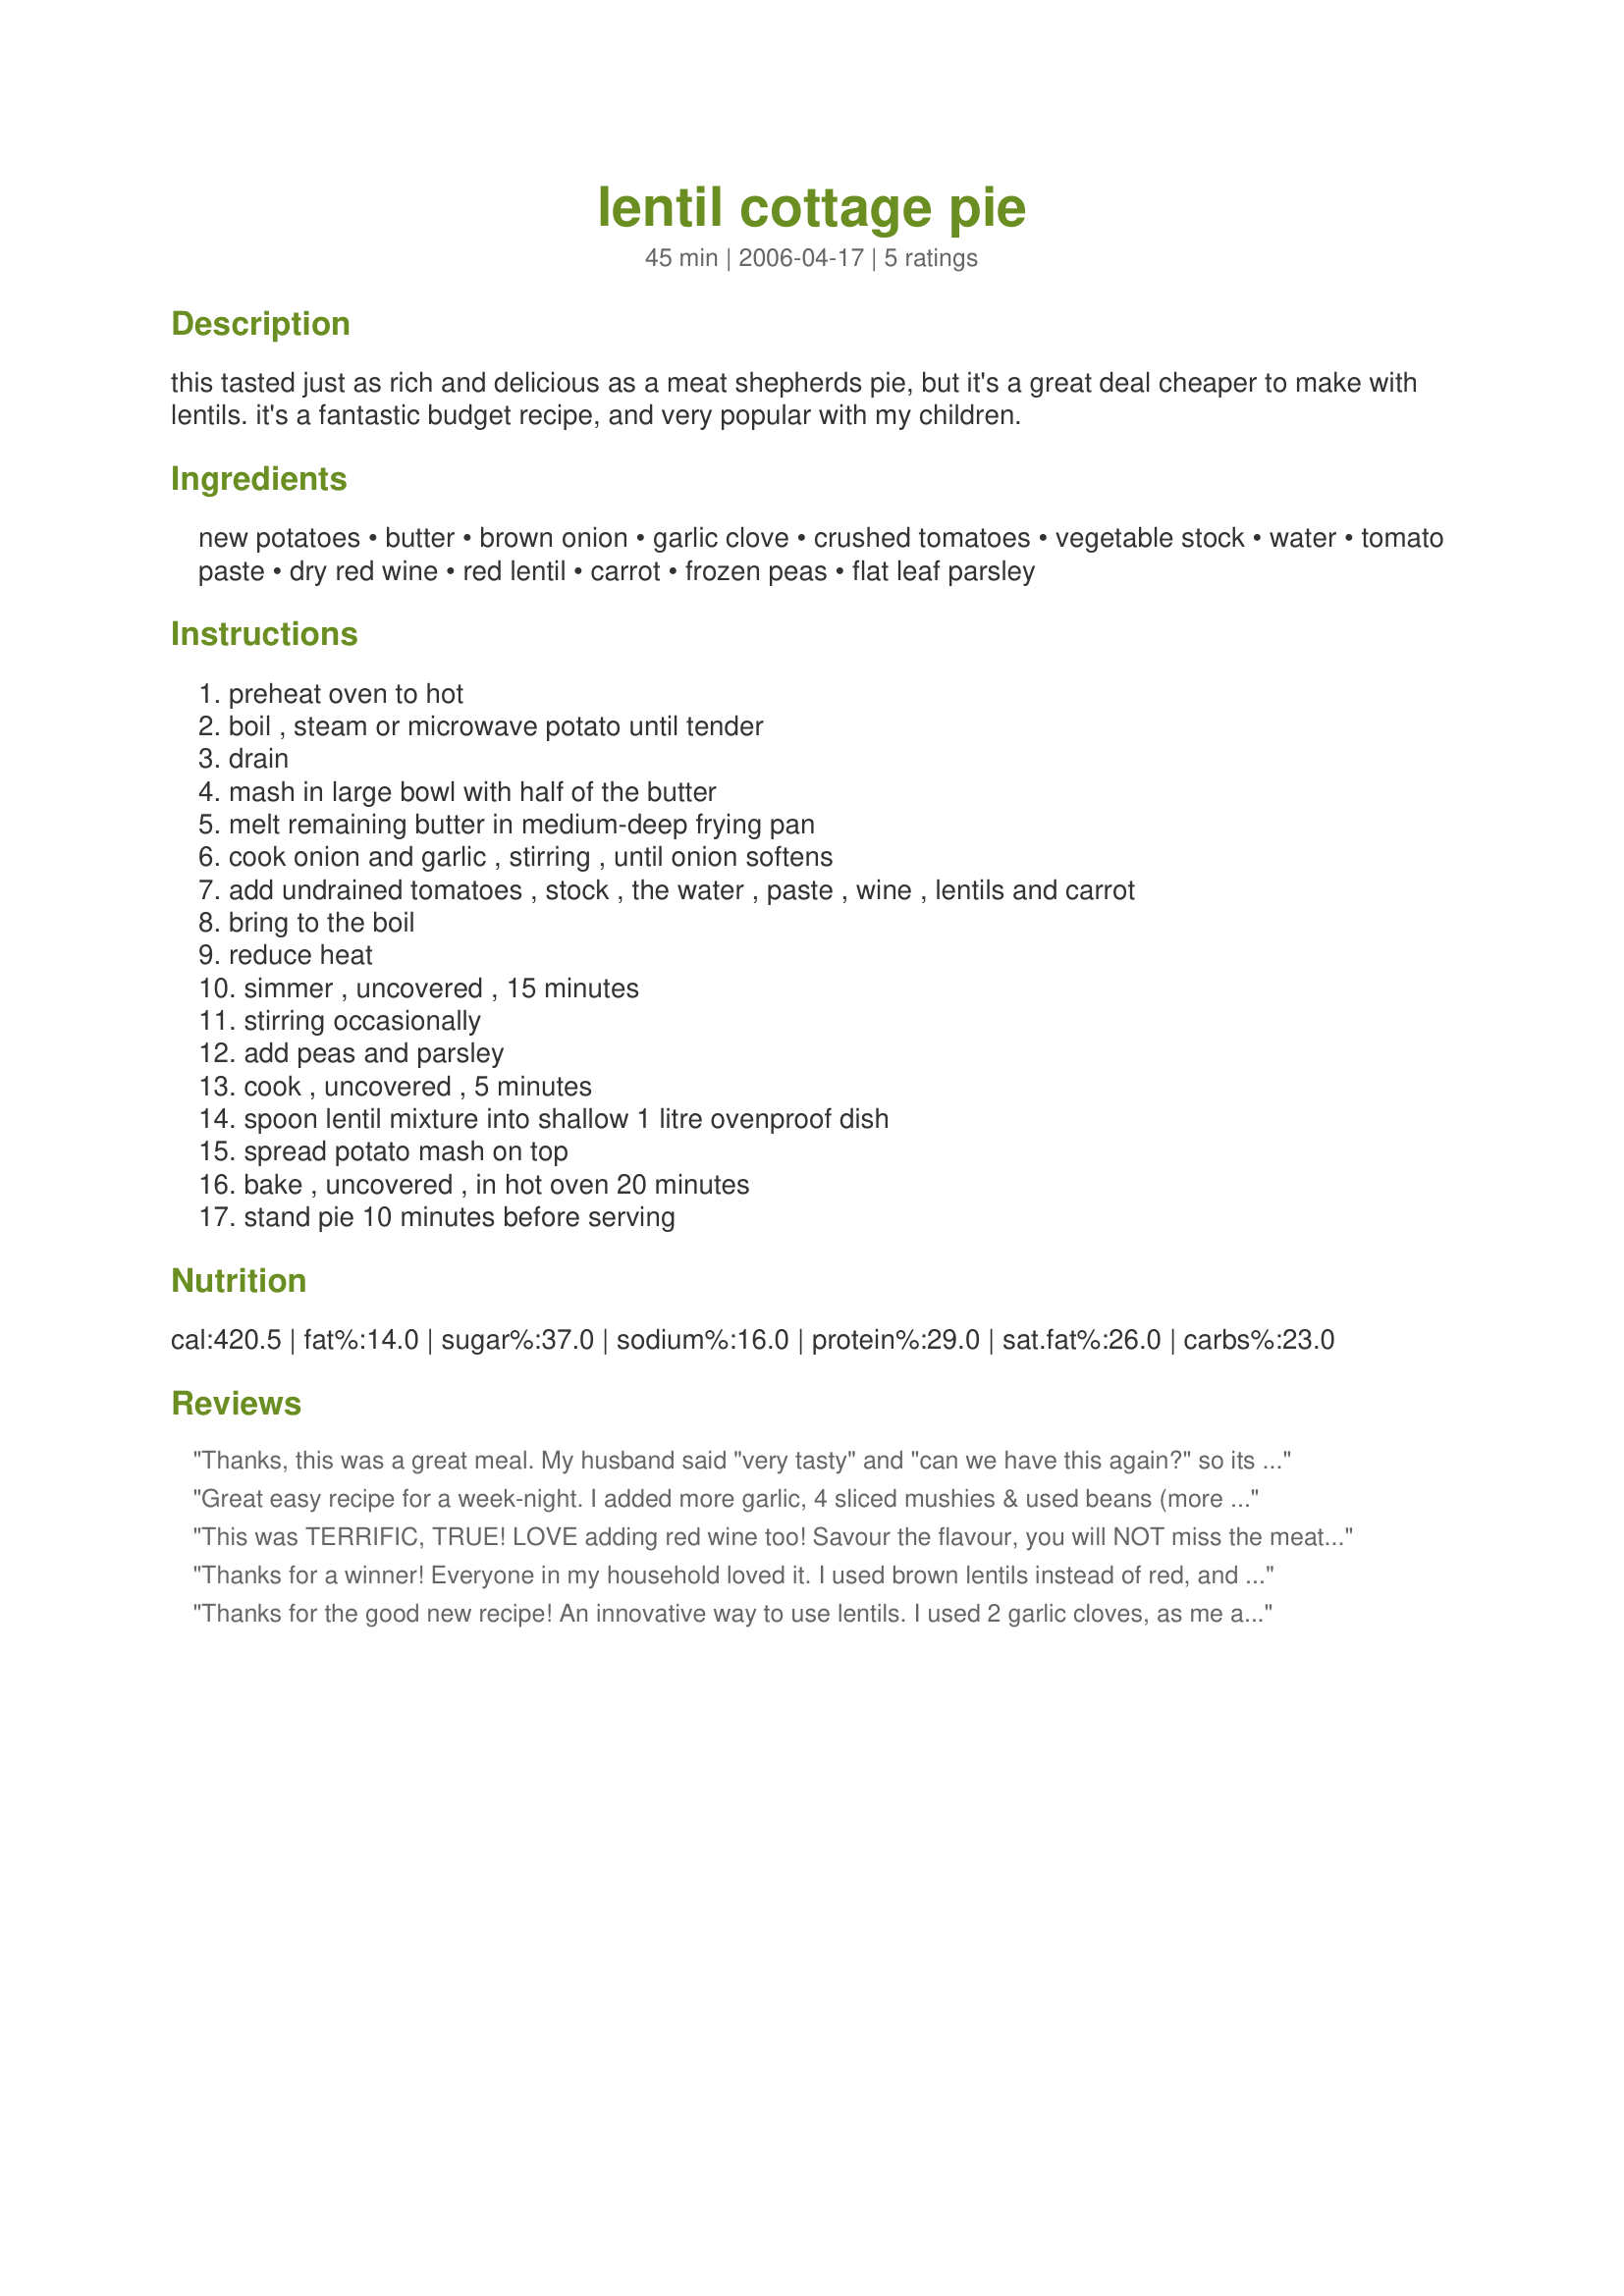
lentil cottage pie
Preparation time: 45 minutes

this tasted just as rich and delicious as a meat shepherds pie, but it's a great deal cheaper to make with lentils. it's a fantastic budget recipe, and very popular with my children.

Ingredients:
new potatoes, butter, brown onion, garlic clove, crushed tomatoes, vegetable stock, water, tomato paste, dry red wine, red lentil, carrot, frozen peas, flat leaf parsley

Steps:
preheat oven to hot, boil , steam or microwave potato until tender, drain, mash in large bowl with half of the butter, melt remaining butter in medium-deep frying pan, cook onion and garlic , stirring , until onion softens, add undrained tomatoes , stock , the water , paste , wine , lentils and carrot, bring to the boil, reduce heat, simmer , uncovered , 15 minutes, stirring occasionally, add peas and parsley, cook , uncovered , 5 minutes, spoon lentil mixture into shallow 1 litre ovenproof dish, spread potato mash on top, bake , uncovered , in hot oven 20 minutes, stand pie 10 minutes before serving

Reviews:
Thanks, this was a great meal. My husband said "very tasty" and "can we have this again?" so its a keeper:-)
I used sunflower oil instead of the butter, used a little Flora Buttery and semi-skimmed milk in the mash potatoes and subed bell pepper for the peas (we had the peas as a side vegetable), didn't have any red wine so left that out.
Yum Yum Yummy Yum:-)
Great easy recipe for a week-night. I added more garlic, 4 sliced mushies & used beans (more than 1/2 cup) instead of peas.
I'll make less mash next time.
Thanks for sharing. :)
This was TERRIFIC, TRUE!
LOVE adding red wine too!
Savour the flavour, you will NOT miss the meat, take it from me!
Used oil spray to even lower the fat/calorie!
THANKS!
Thanks for a winner! Everyone in my household loved it. I used brown lentils instead of red, and that's just because that's what I had on hand. Never actually cooked with red lentils before. Think it'd definitely be worth taking this around for another spin to try it out. Thank you! I love cottage pie, and this was an amazing vegetarian substitute. I would happily interchange the two.
Thanks for the good new recipe! An innovative way to use lentils. I used 2 garlic cloves, as me and my husband prefer more flavor. I used a bit more carrots as well.
The directions don't say an oven temp to use; I used 375F/290C which is similar to other cottage pie recipes. It also took longer to cook; it's fine with less time, but more time gives the potatoes a lovely golden brown color!
Also, I suggest adding some milk to the mashed potatoes, to make it more smooth, and easier to spread over the lentil mixture.
Thanks for the idea!
